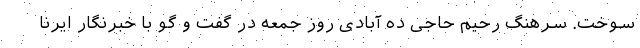
سوخت. سرهنگ رحیم حاجی ده آبادی روز جمعه در گفت و گو با خبرنگار ایرنا